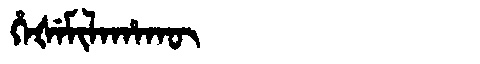
Manchu: ᡥᡝᡧᡝᠮᡳᠯᠠᡥᠠᡴᡡ
Romanization: HEŠEMILAHAKŪ